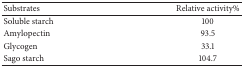
| Substrates | Relative activity% |
 | --- | --- |
 | Soluble starch | 100 |
 | Amylopectin | 93.5 |
 | Glycogen | 33.1 |
 | Sago starch | 104.7 |